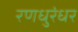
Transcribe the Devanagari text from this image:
रणधुरंधर